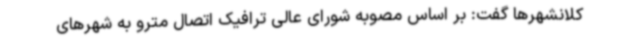
کلانشهرها گفت: بر اساس مصوبه شورای عالی ترافیک اتصال مترو به شهرهای